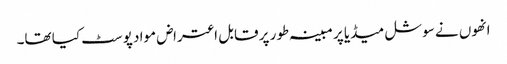
انھوں نے سوشل میڈیا پر مبینہ طور پر قابل اعتراض مواد پوسٹ کیا تھا۔